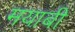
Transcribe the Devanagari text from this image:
मयाबी